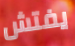
يفتش